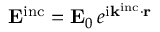
\mathbf { E } ^ { \mathrm { i n c } } = \mathbf { E } _ { 0 } \, e ^ { \mathrm { i } \mathbf { k } ^ { \mathrm { i n c } } \cdot \mathbf { r } }